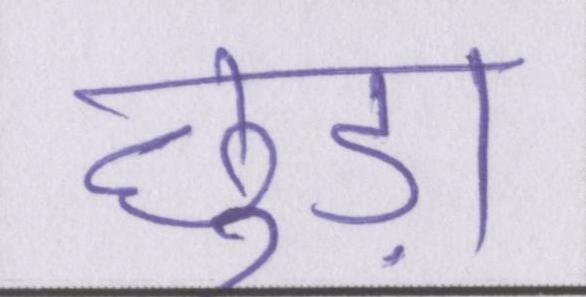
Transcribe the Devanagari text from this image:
छुड़ा